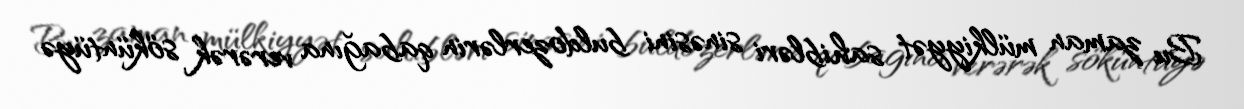
Bu zaman mülkiyyət sahibləri sinəsini buldozerlərin qabağına verərək söküntüyə